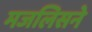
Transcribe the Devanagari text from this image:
मजलिसने